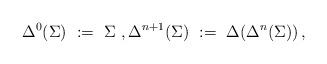
LaTeX: \begin{align*}\Delta^0(\Sigma)\ :=\ \Sigma\ ,\Delta^{n+1}(\Sigma)\ :=\ \Delta(\Delta^n(\Sigma))\,,\end{align*}